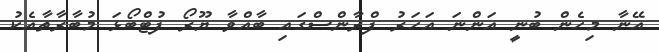
އޭނާ މިހެން ބުނީ އަންނަ އަހަރު ފްރާންސްގައި ބާއްވާ ޔޫރޯ ފުޓްބޯޅަ މުބާރާތާއެކު